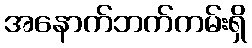
အနောက်ဘက်ကမ်းရှိ